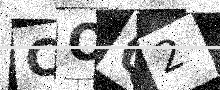
Text: COQ2